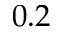
0 . 2